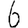
Digit: 6